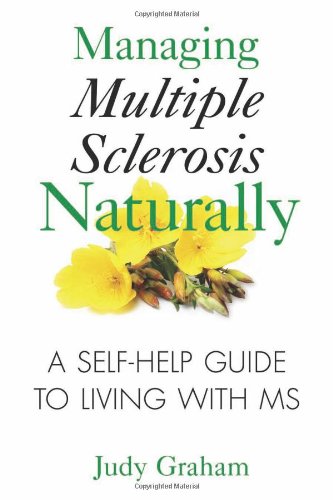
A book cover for Managing Multiple Sclerosis Naturally: A Self-help Guide to Living with MS; Judy Graham; Health, Fitness & Dieting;